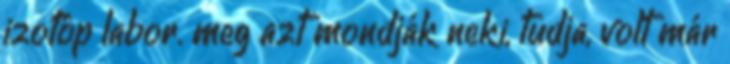
izotóp labor. meg azt mondják neki, tudja, volt már